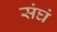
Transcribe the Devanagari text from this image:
संघं